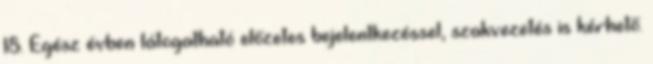
18. Egész évben látogatható előzetes bejelentkezéssel, szakvezetés is kérhető.